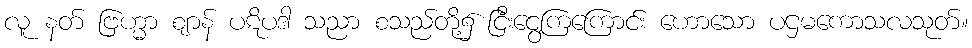
လူ နတ် ဗြဟ္မာ ဈာန် ပဋိပဒါ သညာ စသည်တို့၌ ငြီးငွေ့ကြကြောင်း ဟောသော ပဌမကောသလသုတ်။